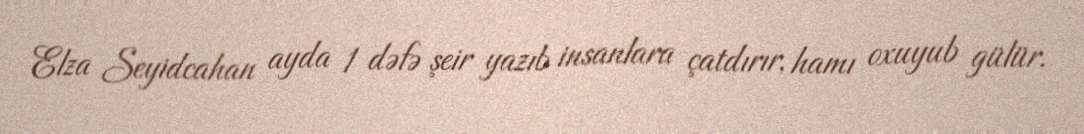
Elza Seyidcahan ayda 1 dəfə şeir yazıb insanlara çatdırır, hamı oxuyub gülür.